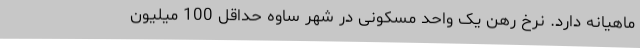
ماهیانه دارد. نرخ رهن یک واحد مسکونی در شهر ساوه حداقل 100 میلیون